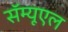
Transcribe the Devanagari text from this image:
सॅम्यूएल